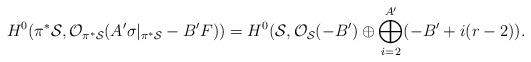
LaTeX: \begin{align*}H^{0}(\pi^* {\cal S}, {\cal O}_{\pi^{*}{\cal S}}(A^{\prime} \sigma|_{\pi^* {\cal S}} - B^{\prime} F))=H^{0}({\cal S}, {\cal O}_{{\cal S}} (-B^{\prime}) \oplus\bigoplus_{i=2}^{A^{\prime}} (-B^{\prime} + i(r-2)).\end{align*}